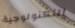
التكنولوجية